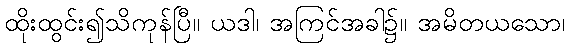
ထိုးထွင်း၍သိကုန်ပြီ။ ယဒါ၊ အကြင်အခါ၌။ အမိတယသော၊